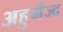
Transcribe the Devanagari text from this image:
अहुर्मज्द